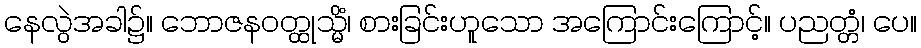
နေလွဲအခါ၌။ ဘောဇနဝတ္ထုသ္မိံ၊ စားခြင်းဟူသော အကြောင်းကြောင့်။ ပညတ္တံ၊ ပေ။